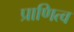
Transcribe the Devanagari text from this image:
प्राणित्व